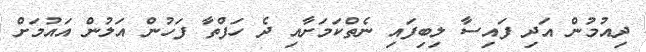
ދިއުމުން އަދި ފައިސާ ލިބިފައި ނެތްކަމަށާއި ދެ ހަފްތާ ފަހުން އަލުން އައުމަށް